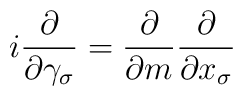
i \frac{\partial}{\partial \gamma_\sigma} = \frac{\partial}{\partial m}  \frac{\partial}{\partial x_\sigma}